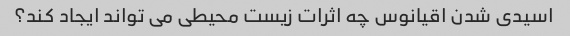
اسیدی شدن اقیانوس چه اثرات زیست محیطی می تواند ایجاد کند؟